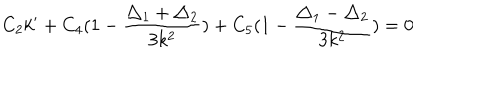
LaTeX: C _ { 2 } k ^ { \prime } + C _ { 4 } ( 1 - \frac { \triangle _ { 1 } + \triangle _ { 2 } } { 3 k ^ { 2 } } ) + C _ { 5 } ( 1 - \frac { \triangle _ { 1 } - \triangle _ { 2 } } { 3 k ^ { 2 } } ) = 0